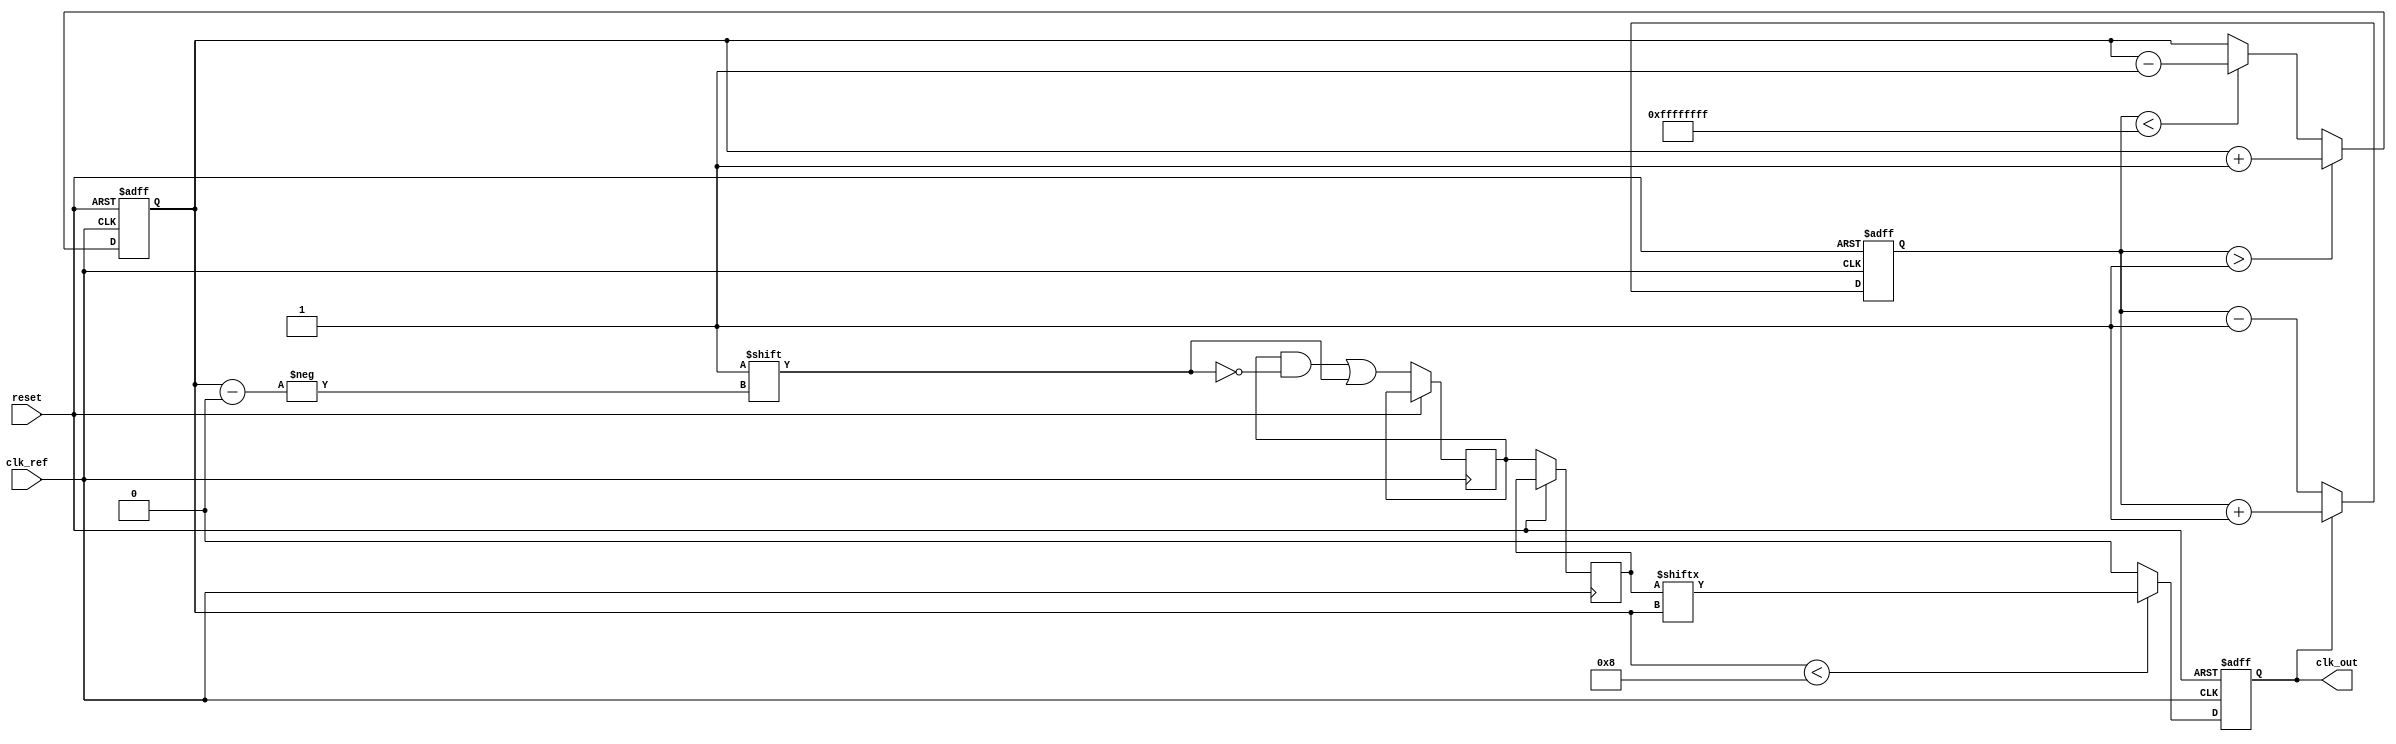
module dll(
    input wire clk_ref,         // Reference clock input
    output reg clk_out,        // Output clock
    input wire reset           // Asynchronous reset
);
    
    // Parameters
    parameter DELAY_TAPS = 8;  // Number of delay elements
    parameter DELAY_STEP = 1;   // Amount of delay per tap

    // Registers and wires
    reg [DELAY_TAPS-1:0] delay_line;                // Delay line configuration
    reg [3:0] phase_error;                           // Phase error signal
    reg [DELAY_TAPS-1:0] mem_blocks;                 // Memory blocks for delay values
    reg [3:0] current_delay;                         // Current delay setting
    wire clk_delayed;                                // Delayed clock signal

    // Initial block to set up default values
    initial begin
        clk_out = 0;
        delay_line = 0;
        mem_blocks = 0;
        current_delay = 0;
    end

    // Phase Detector
    always @(posedge clk_ref or posedge reset) begin
        if (reset) begin
            phase_error <= 0; // Clear phase error on reset
        end else begin
            // Example phase error calculation (simplified)
            // Compare clk_ref and clk_out, generate phase_error
            // Assumed clk_out is clocked at the same frequency during simulation
            if (clk_out) 
                phase_error <= phase_error + 1; // Increment phase error
            else 
                phase_error <= phase_error - 1; // Decrement phase error
        end
    end

    // Control Logic
    always @(posedge clk_ref or posedge reset) begin
        if (reset) begin
            current_delay <= 0; // Reset delay settings
        end else begin
            // Update control logic based on phase error
            if (phase_error > DELAY_STEP) begin
                current_delay <= current_delay + DELAY_STEP; // Increase delay
            end else if (phase_error < -DELAY_STEP) begin
                current_delay <= current_delay - DELAY_STEP; // Decrease delay
            end
            // Update memory blocks based on current delay
            mem_blocks[current_delay] <= 1'b1; // Set delay tap
            delay_line <= mem_blocks; // Update delay line
        end
    end

    // Delay Line - this will introduce delays based on the configured delay line
    // In practice, you would implement the actual delay logic using a series of
    // delay elements or multiplexers
    assign clk_delayed = (current_delay < DELAY_TAPS) ? delay_line[current_delay] : 1'b0;

    // Output clock generation
    always @(posedge clk_ref or posedge reset) begin
        if (reset) begin
            clk_out <= 0; // Reset output clock
        end else begin
            clk_out <= clk_delayed; // Assign delayed clock to output
        end
    end

endmodule